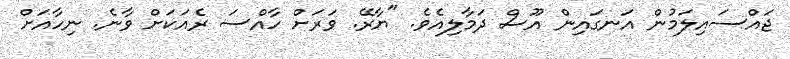
ޖައްސައިލަމުން އަނގައިން އޫސް ދަމާލިއެވެ. "ޔާރޭ. ވަރަށް ހާއްސަ ރެއަކަށް ވާނެ. ނިހާއަށް